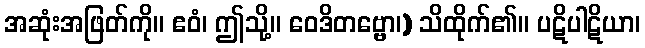
အဆုံးအဖြတ်ကို။ ဧဝံ၊ ဤသို့။ ဝေဒိတဗ္ဗော၊) သိထိုက်၏။ ပဋိပါဋိယာ၊